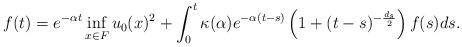
LaTeX: \begin{align*}f(t) = e^{-\alpha t}\inf_{x \in F} u_0(x)^2 + \int_0^t \kappa(\alpha) e^{-\alpha(t-s)} \left( 1 + (t-s)^{-\frac{d_s}{2}} \right) f(s) ds.\end{align*}